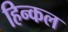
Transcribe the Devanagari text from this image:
हिन्कल